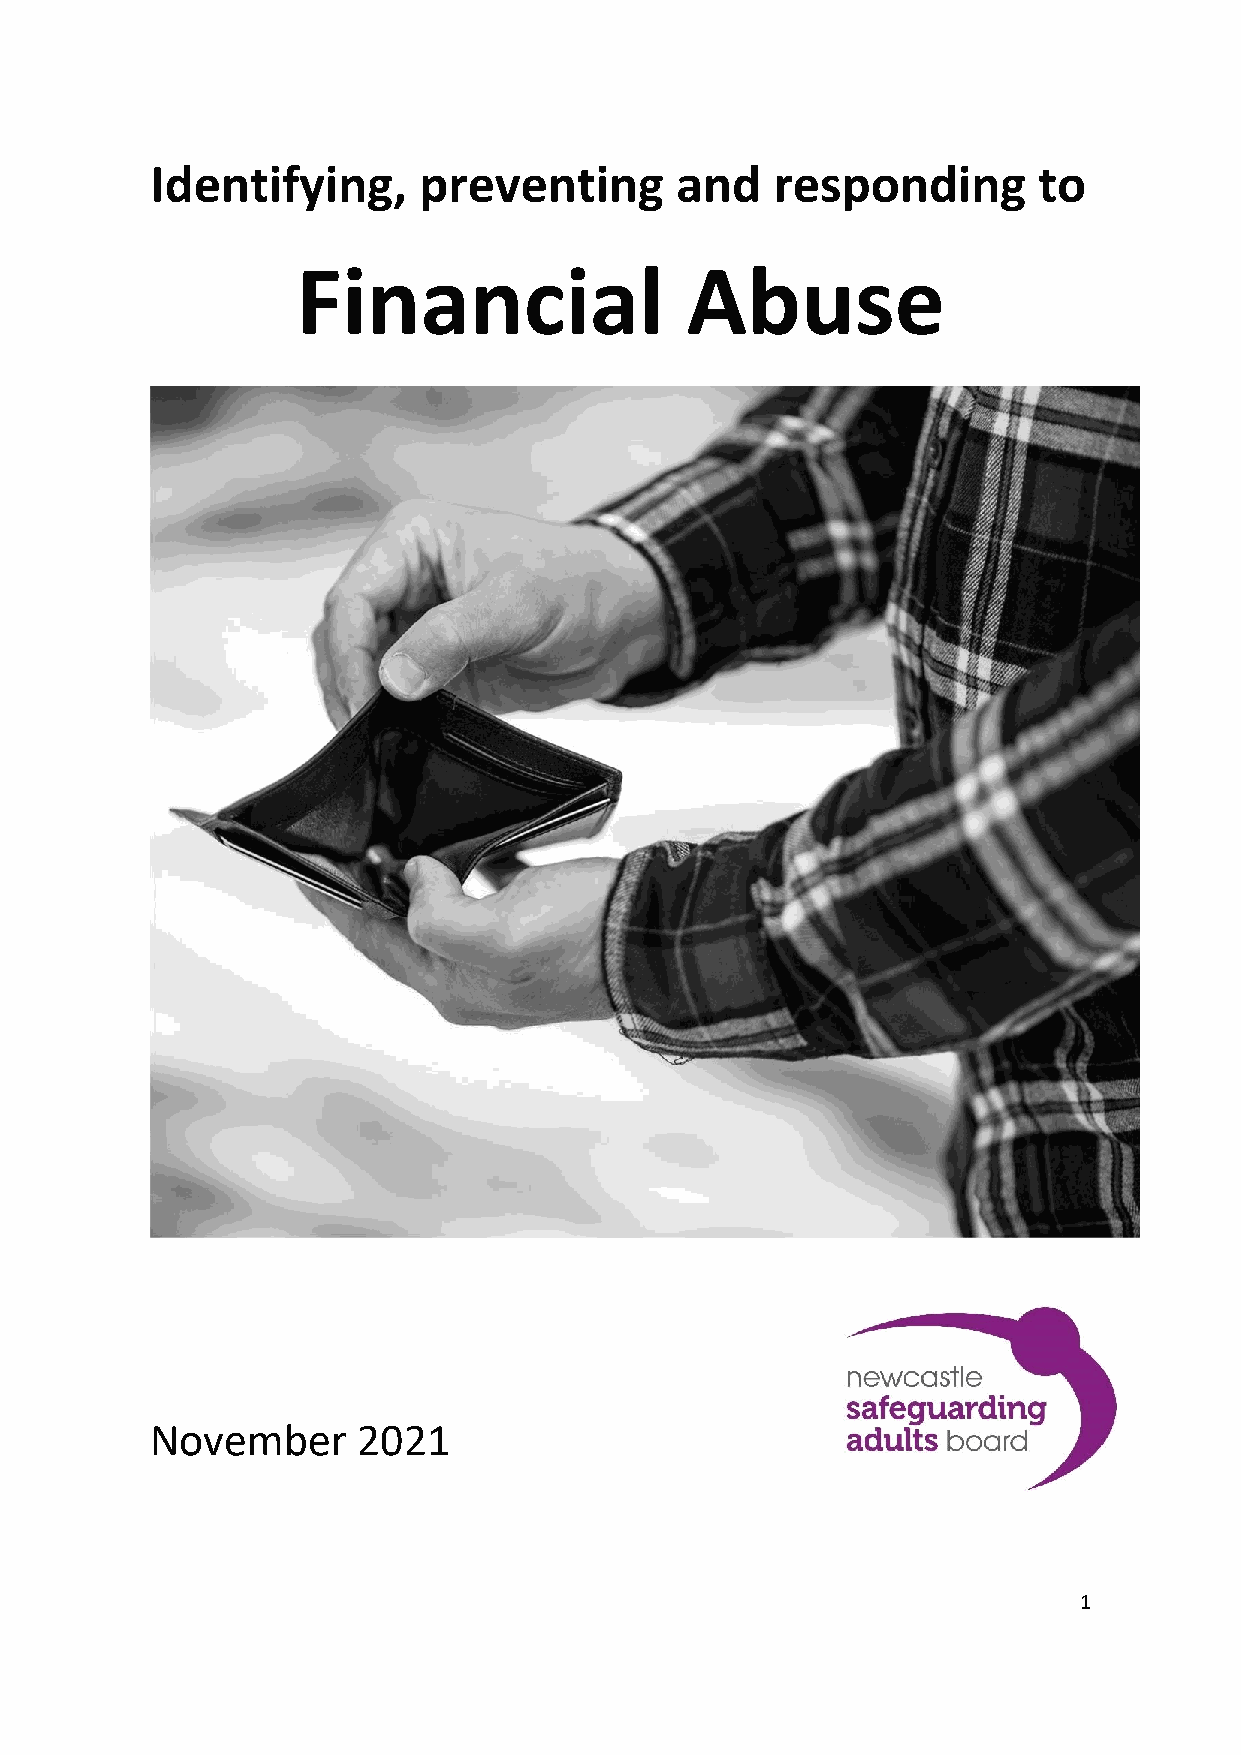
Identifying,      preventing       and   responding        to
 Financial                Abuse
 November      2021
 1